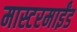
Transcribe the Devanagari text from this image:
मास्टरमाईंड